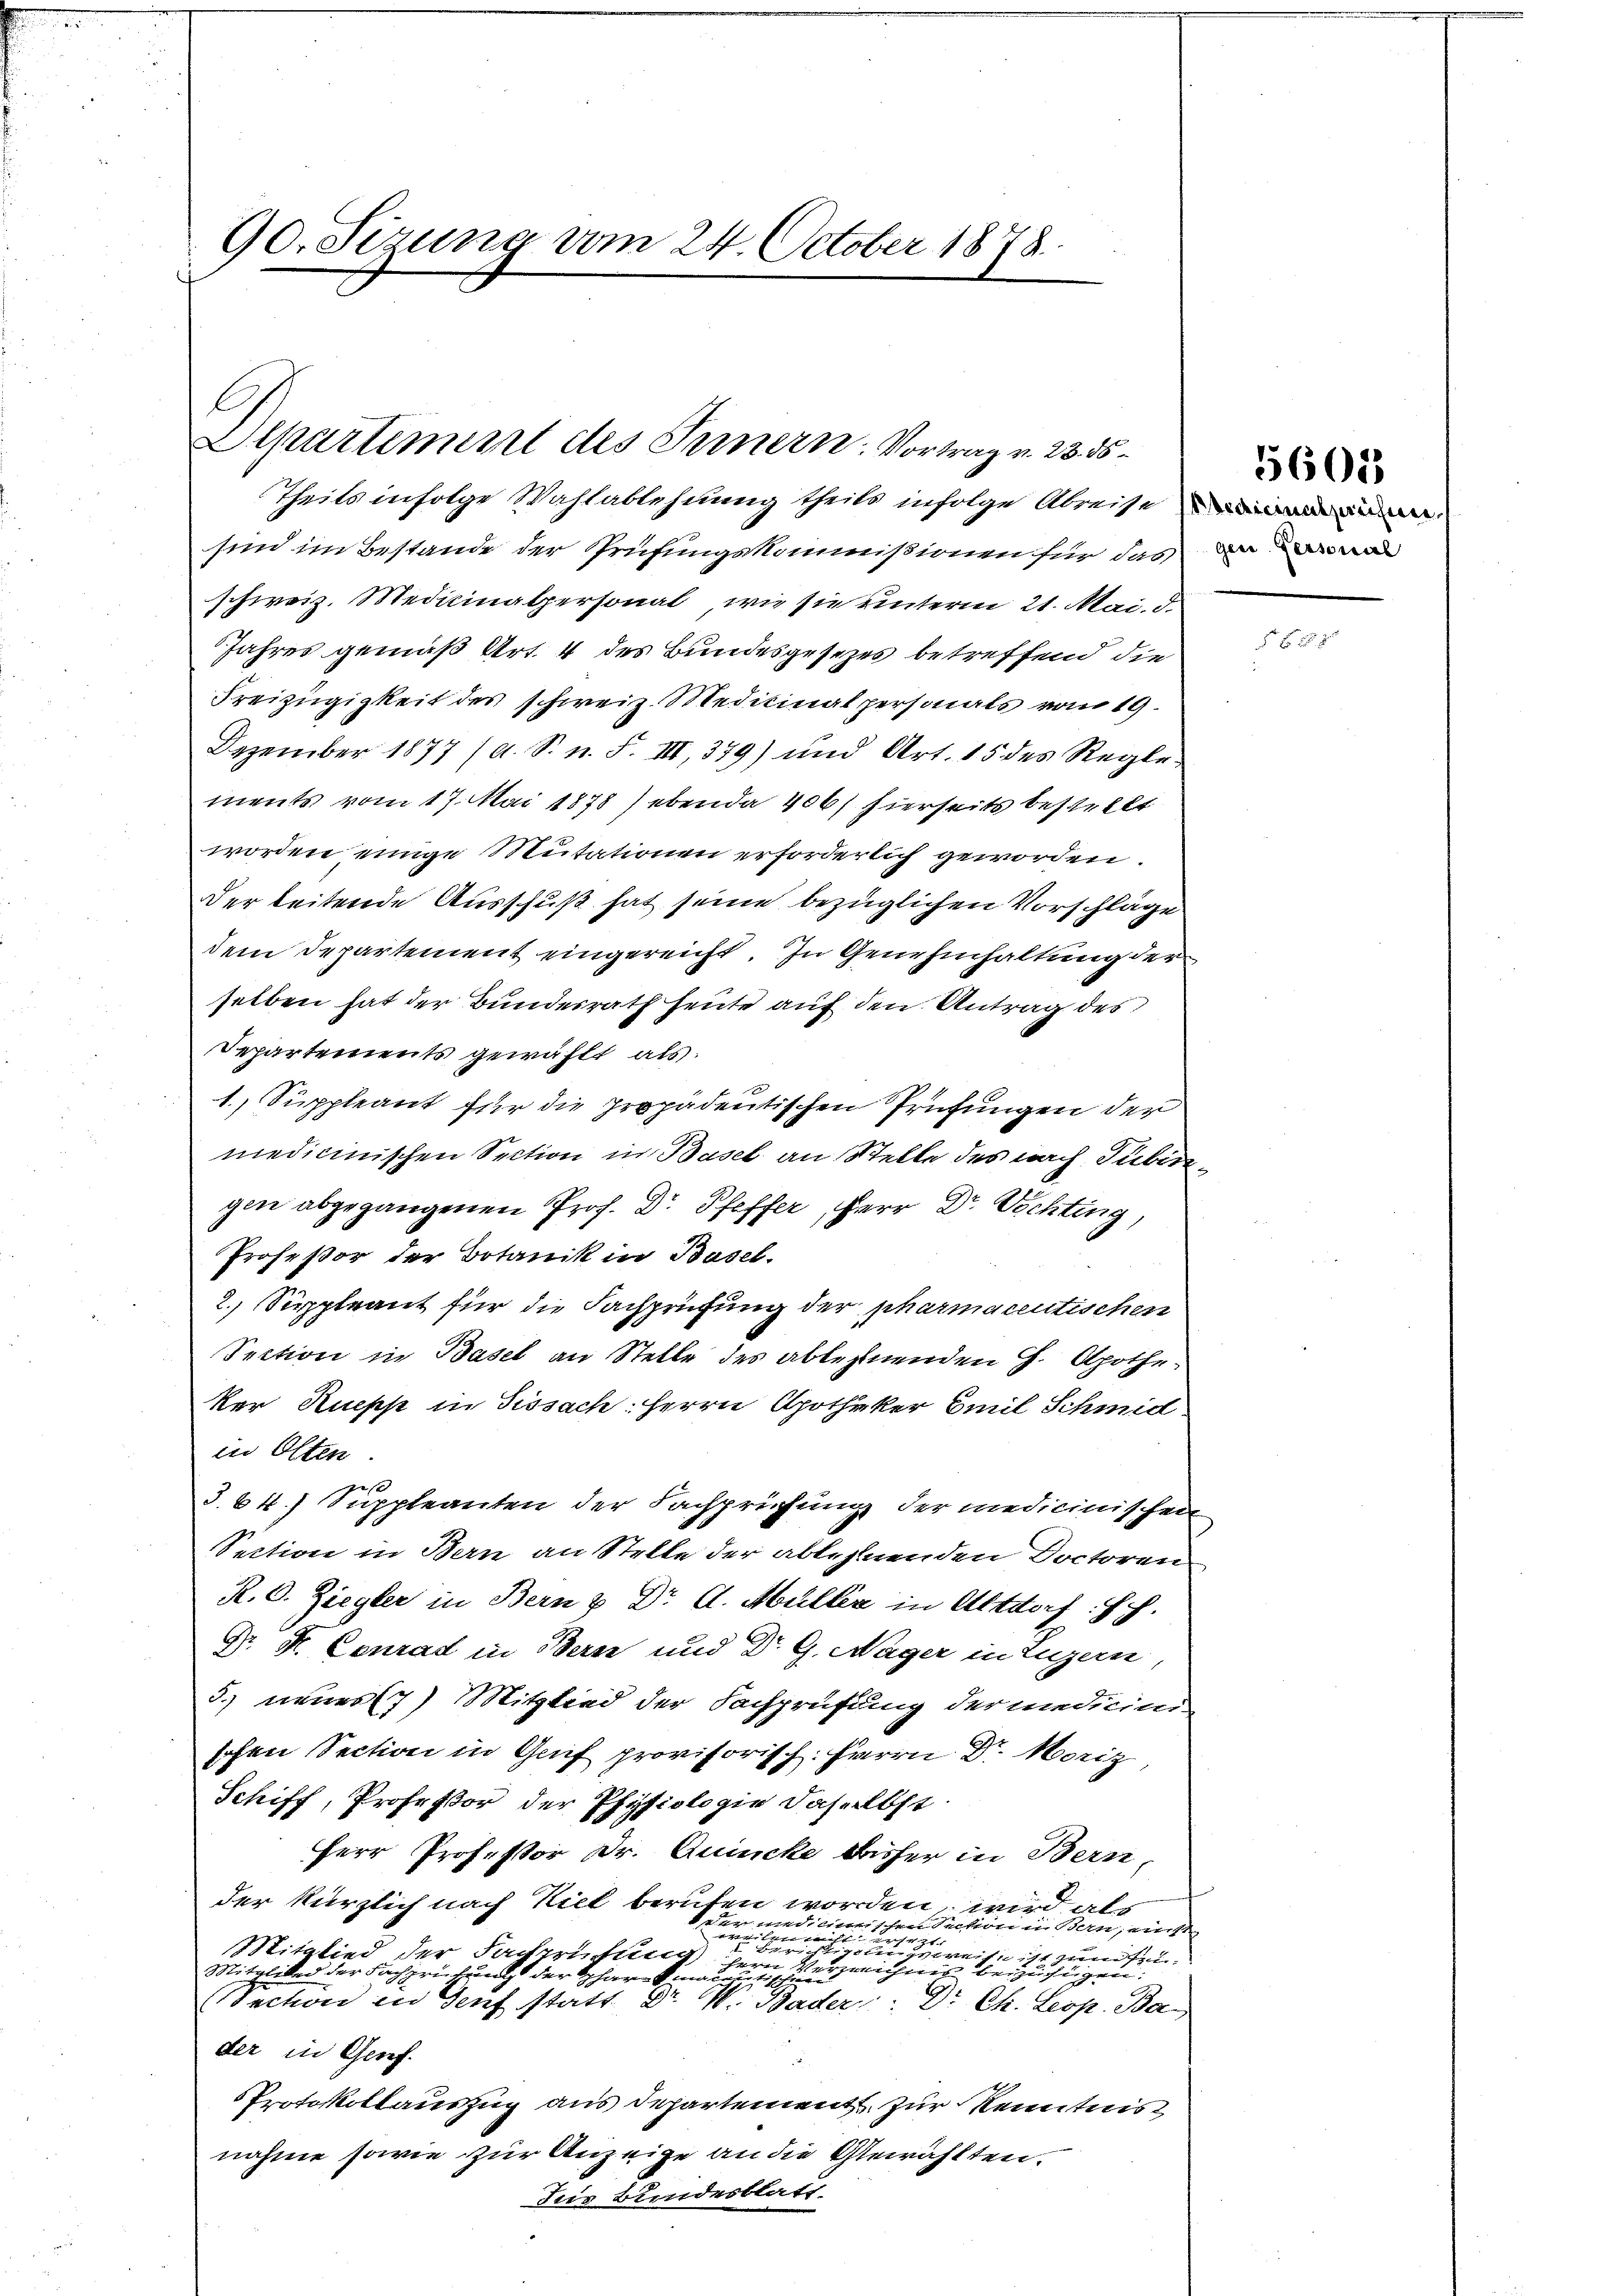
90. Sizung vom 24. October 1878

Theils infolge Wahlablehnung theils infolge Abreise
sind im Bestande der Prüfungskommißionen für das ma
schweiz. Medicinalpersonal, wie sie unterm 21. Mai. d.
Jahres gemäß Art. 4 des Bundesgesetzes betreffend die
Freizügigkeit des schweiz. Medicinalpersonals vom 19.
Dezember 1877 (a. S. n. F. III, 379) und Art. 15 des Reglements vom 17. Mai 1878) ebenda 406 hierseits bestellt
worden einige Mutationen erforderlich geworden.
Der beitende Ausschuß hat seine bezüglichen Vorschläge
dem Departement eingereicht. In Genehmhaltung der
selben hat der Bundesrath heute auf den Antrag des
Departements gewählt als
1. Suppleant für die propadentischen Prüfungen der
medicinischen Section in Basel an Stelle des nach Tübingen abgegangenen Prof. Dr. Pfeffer, Herr Dr. Vichting,
Profeßor der Botanik in Basel.
2. Suppleant für die Fachprüfung der pharmacentischen
Section in Basel an Stelle des ablehnenden Ch. Apotheker Rupp in Sissach: Herrn Apotheker Emil Schmid
in Olten
2 f
J.64) Suppleanten der Sachprüfung der medicinischen
Section in Bern an Stelle der ablehnenden Doctoren
R. C. Ziegler in Bern & Dr A. Müller in Altdorf: Hch.
Dr. F. Conrad in Bern und Dr G. Nager in Luzern,
5. neuer 7) Mitglied der Fachprüfung der medicini
schen Section in Grif provisorisch: Herrn Dr. Moriz
Schiff, Professor der Physiologie daselbst
Herr Professor Dr. Quicke bisher in Bern,
der kürzlich nach Kiel berufen worden, wird als
er und einischen Intern in Bern, wie
er
liche zu
ichtigungsweise ist zunft
Mitglied der Fachprüfung hern
Mitglied der Fachprüfung der Pharmalen erreichner beizufügen:
Section in Senf statt Dr. W. Bader: Dr. Ch. Leop. Ba
der in Genf.
Protokollauszug aus departement zur Kenntnis
nahme sowie zur Anzeige an die Gewählten.
Jus Bundesblatt.

Departement des Innern: Vortrag v. 23. ds.

5601